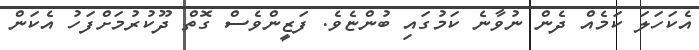
އެކަހަލަ ކަމެއް ދެން ނުވާނެ ކަމުގައި ބުންޏެވެ. ފަޒީންވެސް ގޮތް ދޫކުރުމަށްފަހު އެކަން